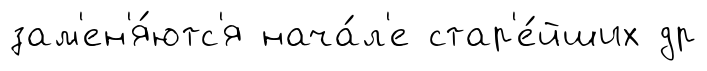
зам'ен'я́ютс'я нача́л'е стар'е́йших др